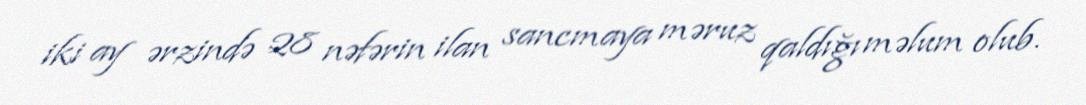
iki ay ərzində 28 nəfərin ilan sancmaya məruz qaldığı məlum olub.